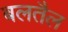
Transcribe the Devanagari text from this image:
बलतैल